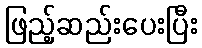
ဖြည့်ဆည်းပေးပြီး